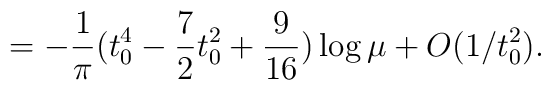
=-\frac{1}{\pi} (t_{0}^{4} - \frac{7}{2}t_{0}^{2} +\frac{9}{16}) \log \mu +O(1/t_{0}^{2}) .